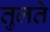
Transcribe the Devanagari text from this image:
तुलते